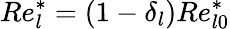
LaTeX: Re_{l}^{*}=(1-\delta_{l})Re_{l0}^{*}